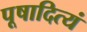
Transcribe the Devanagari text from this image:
पूषादित्यं